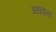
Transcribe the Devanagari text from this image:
अधबना